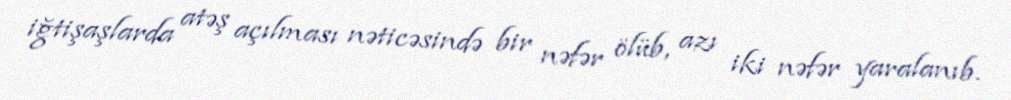
iğtişaşlarda atəş açılması nəticəsində bir nəfər ölüb, azı iki nəfər yaralanıb.